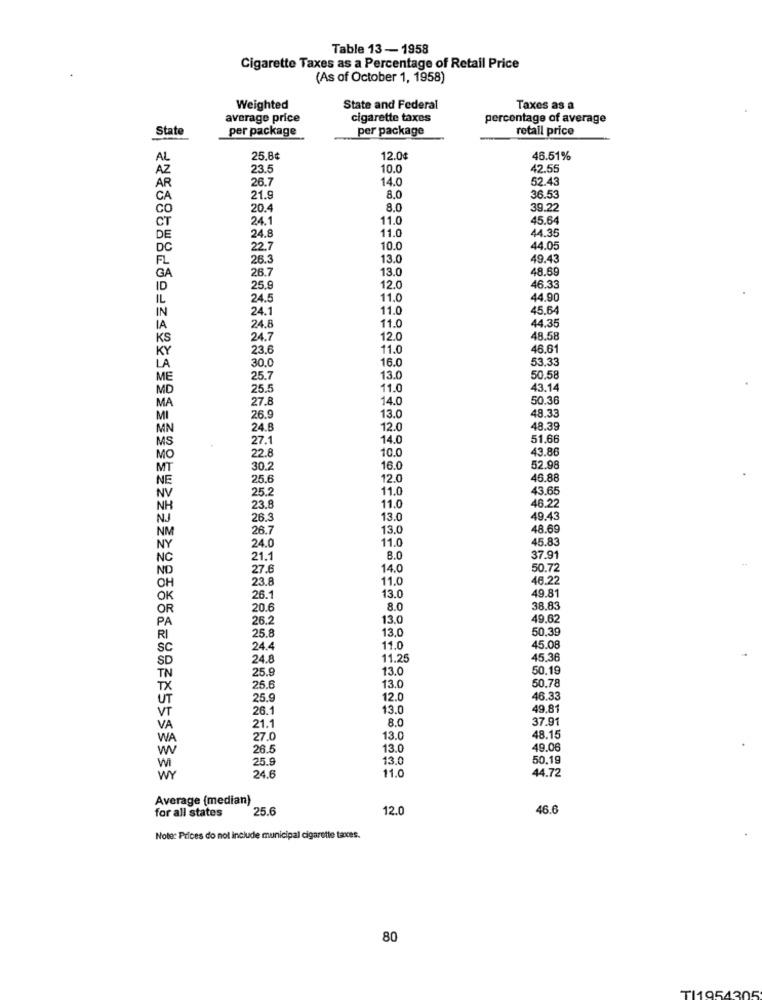
Table 13-1958
Cigarette Taxes as a Percentage of Retail Price
(As of October 1, 1958)
Weighted
State and Federal
Taxes as a
average price
cigarette taxes
percentage of average
State
per package
per package
retail price
AL
25.8¢
12.0¢
46.51%
AZ
23.5
10.0
42.55
AR
26.7
14.0
52.43
CA
21.9
8,0
36.5
CO
20.4
8.0
39.22
CT
24.1
11.0
45.6
11.0
44.35
DE
24.8
DC
22.7
10.0
44.05
26.3
13.0
49.45
26.7
13.0
48.6
GA
25.9
12.0
46.33
24.5
11.0
44.90
24.1
11.0
45.64
24.8
11.0
44.35
24.7
12.0
48.58
23.6
11.0
46.61
16.0
53.3
30.0
ME
25.7
13.0
50,58
MD
25.
11.0
43.14
27.8
14.0
50.36
MA
26.9
13.0
48.3
MN
24.B
12.0
48.39
MS
27.1
14.0
51.66
22.8
10.0
43.86
MO
30.2
16.0
52.98
25.6
12.0
46.88
25.2
11.0
43.6
NH
23.8
11.0
46.22
NJ
26.3
13.0
49.43
26.7
13.0
48.69
NM
11.0
45.83
NY
24.0
NC
21.1
8.0
37.91
ND
27.6
14.0
50.72
23.8
11.0
46.22
CH
13.0
OK
26.1
49.81
OR
20.6
8.0
38.83
PA
26.2
13.0
49.62
25.8
13.0
50,39
RI
SC
24.4
11.0
45.08
24.8
11.25
45.36
SD
25.9
13.0
50.19
TN
13.0
TX
25.6
50.78
UT
25.9
12.0
46.33
VT
26.1
13.0
49.81
8.0
37.91
VA
21.1
48.15
WA
27.0
13.0
W
26.5
13.0
49.06
25.9
13.0
50.19
WI
11.0
44.72
WY
24.6
Average (median)
for all states
25.6
12.0
46.6
Note: Prices do not include municipal cigarette taxes.
80
TI1954305